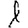
Digit: 1